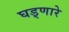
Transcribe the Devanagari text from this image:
घड्णारे